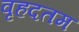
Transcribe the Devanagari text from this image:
वृहदतम